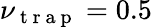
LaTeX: \nu_{\mathrm{~t~r~a~p~}}=0.5